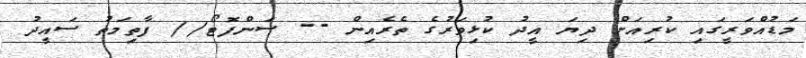
މަޑުއްވަރީގައި ކުރިއަށް ދިޔަ އީދު ކުޅިވަރުގެ ތެރެއިން -- ސަންފޮޓޯ// ފާތިމަތު ސައީދު